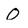
Character: 0